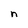
Character: n